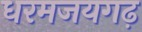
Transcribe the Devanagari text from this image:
धरमजयगढ़